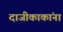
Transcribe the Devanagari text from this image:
दाजीकाकांना